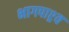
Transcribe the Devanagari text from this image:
भागपाश्र्व